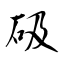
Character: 砐